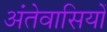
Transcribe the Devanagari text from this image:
अंतेवासियों